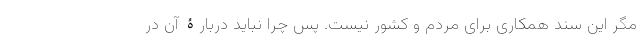
مگر این سند همکاری برای مردم و کشور نیست. پس چرا نباید دربارۀ آن در